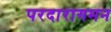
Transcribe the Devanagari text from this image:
परदारागमन